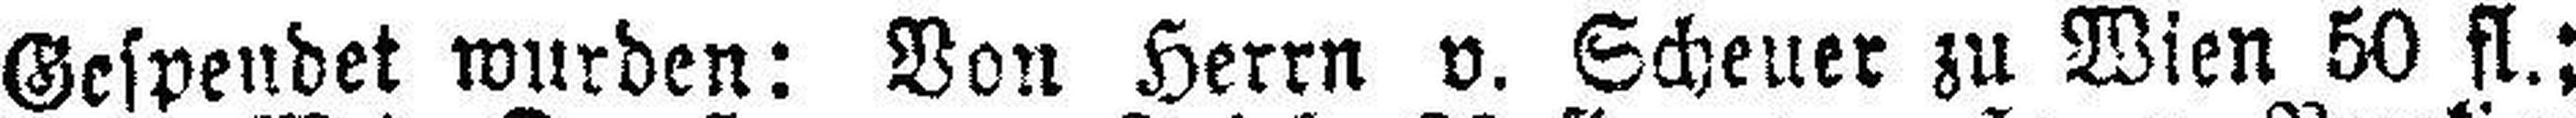
Gespendet wurden: Von Herrn v. Scheuer zu Wien 50 fl.;